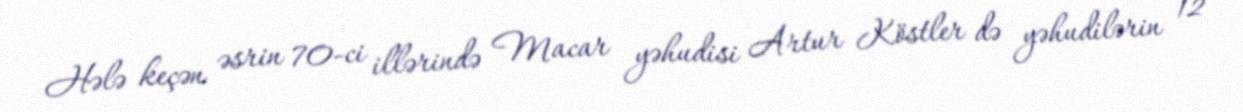
Hələ keçən əsrin 70-ci illərində Macar yəhudisi Artur Köstler də yəhudilərin 12